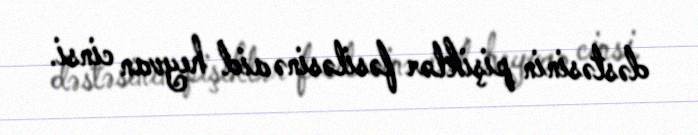
dəstəsinin pişiklər fəsiləsinə aid heyvan cinsi.